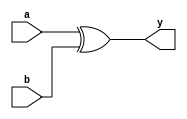
module xor_gate_delay (
    input wire a, b,
    output reg y
);

reg xor_out;

always @(a or b) begin
    xor_out = a ^ b;
    #5; // introduce a 5 unit delay
    y = xor_out;
end

endmodule